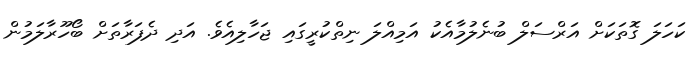
ކަހަލަ ގޮތަކަށް އަރްސަލް ބުނެލުމާއެކު އަމިއްލަ ނިތްކުރީގައި ޖަހާލިއެވެ. އަދި ދެފަރާތަށް ބޯހޫރާލަމުން